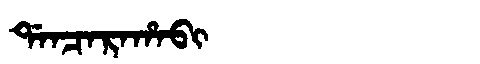
Manchu: ᡩᠠᠨᠴᠠᡵᠠᡥᠠᠪᡳ
Romanization: DANCARAHABI